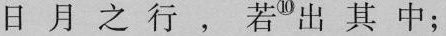
日月之行，若^{⑩} 出其中；